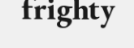
frighty